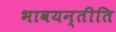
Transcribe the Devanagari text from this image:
भावयन्तीति